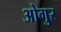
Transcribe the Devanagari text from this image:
ओगुर